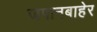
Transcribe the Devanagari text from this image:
जपानबाहेर